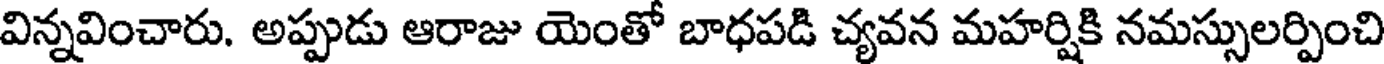
విన్నవించారు. అప్పుడు ఆరాజు యెంతో బాధపడి చ్యవన మహర్షికి నమస్సులర్పించి